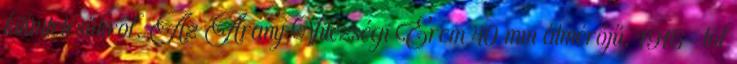
kitüntetésükről. Az Arany Vitézségi Érem 40 mm átmérőjű, 1916-tól